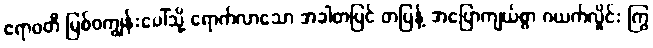
ဧရာဝတီ မြစ်ဝကျွန်းပေါ်သို့ ရောက်လာသော အခါတပြင် တပြန့် အပြောကျယ်စွာ ဂယက်လှိုင်း ကြွ